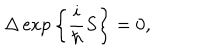
LaTeX: \Delta \exp \bigg \{ \frac { i } { \hbar } S \bigg \} = 0 ,